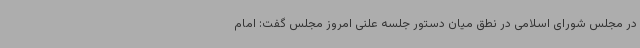
در مجلس شورای اسلامی در نطق میان دستور جلسه علنی امروز مجلس گفت: امام